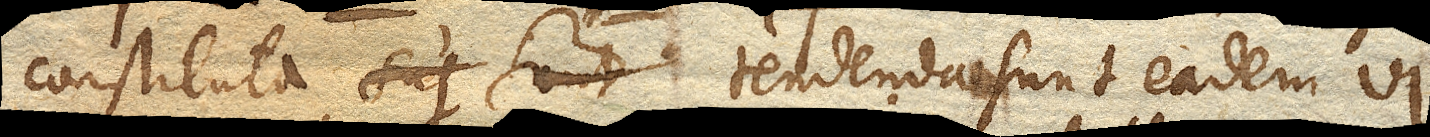
constituta, tendenda sunt eadem vi,